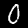
Digit: 0